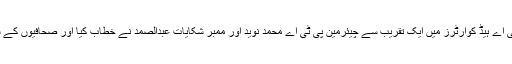
اس موقع پر جمعرات کو پی ٹی اے ہیڈ کوارٹرز میں ایک تقریب سے چیئرمین پی ٹی اے محمد نوید اور ممبر شکایات عبدالصمد نے خطاب کیا اور صحافیوں کے سوالات کے جواب بھی دیئے۔